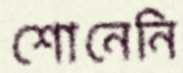
শোনেনি